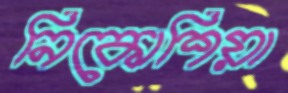
নিকোশিয়া